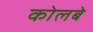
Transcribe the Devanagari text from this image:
कोलबे